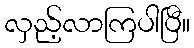
လှည့်လာကြပါပြီ။